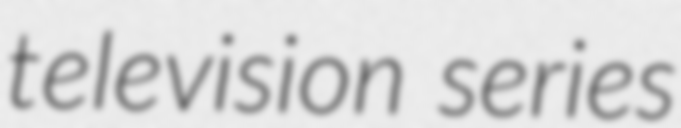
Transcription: television series